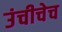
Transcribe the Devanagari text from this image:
उंचीचेच